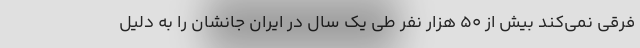
فرقی نمی‌کند بیش از ۵۰ هزار نفر طی یک سال در ایران جانشان را به دلیل